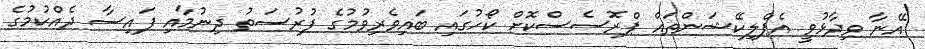
އޭނާ ވިދާޅުވީ އެޕްލިކޭޝަންތައް ޕްރޮސެސްކޮށް ކޯހުގައި ބައިވެރިވުމުގެ ފުރުސަތު ދިނުމާއި ފައިސާ ދެއްކުމުގެ